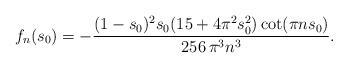
LaTeX: \begin{align*}f_n(s_0)=-\frac{(1-s_0)^2 s_0(15+4\pi^2 s_0^2)\cot(\pi n s_0)}{256\,\pi^3 n^3}.\end{align*}